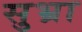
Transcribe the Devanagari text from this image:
सुभ्रा